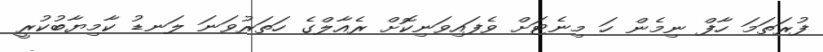
ފުރަތަމަ ހާފް ނިމެން ހަ މިނެޓަށް ވެފައިވަނިކޮށް ރެއާލްގެ ހަތަރުވަނަ ލަނޑު ކާމިޔާބުކުރީ